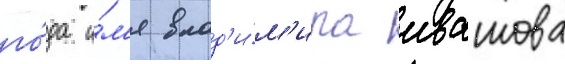
го́да и́м'я влад'и́м'ира ивашова